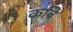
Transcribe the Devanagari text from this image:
कबि